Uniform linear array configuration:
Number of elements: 16
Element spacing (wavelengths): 0.5
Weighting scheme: hamming
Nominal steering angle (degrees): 30
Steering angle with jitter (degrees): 29.29
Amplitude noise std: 0.05
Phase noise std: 0.05

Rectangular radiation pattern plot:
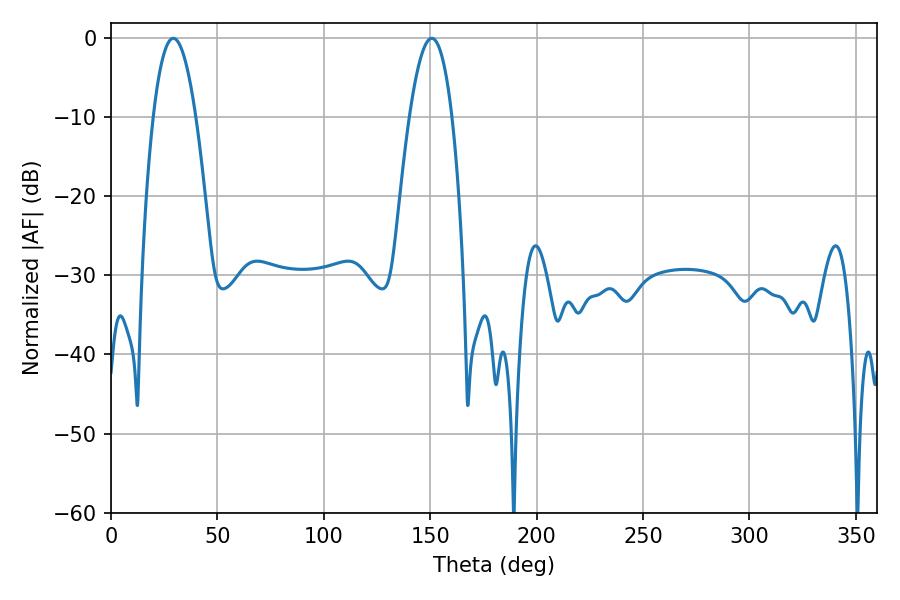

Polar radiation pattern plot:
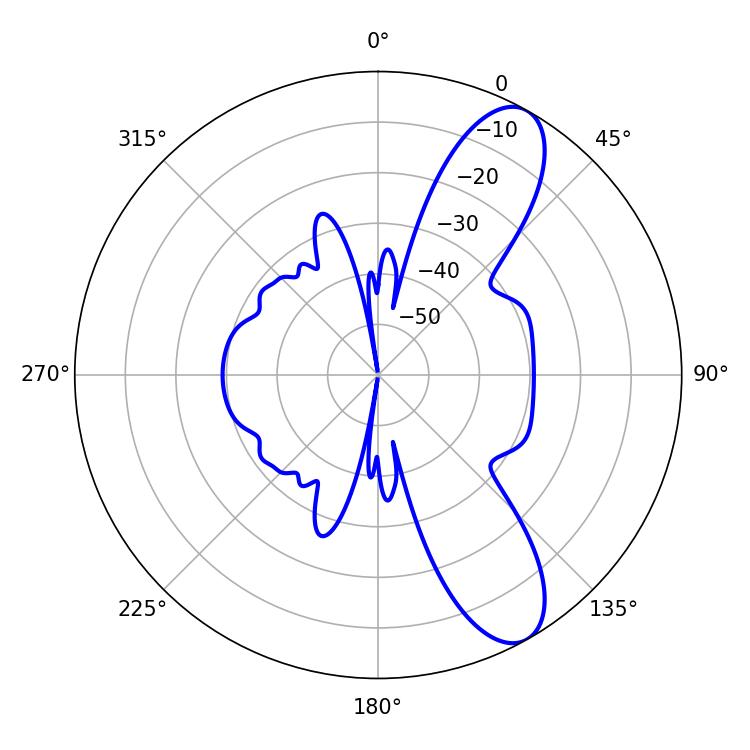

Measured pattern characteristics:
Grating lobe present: FALSE
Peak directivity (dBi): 9.923
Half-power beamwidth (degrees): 10.98
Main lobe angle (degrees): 150.66